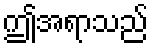
ဤအရာသည်